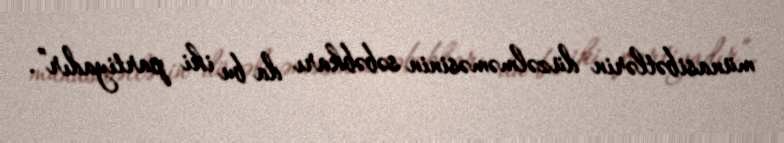
münasibətlərin düzəlməməsinin səbəbkarı da bu iki partiyadır”.